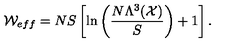
{ \cal W } _ { \small { e f f } } = N S \left[ \ln \left( \frac { N \Lambda ^ { 3 } ( { \cal X } ) } { S } \right) + 1 \right] .